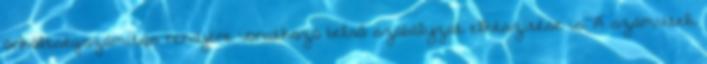
önköltségszámítás rendjére vonatkozó belső szabályzat elkészítése is. A számviteli